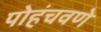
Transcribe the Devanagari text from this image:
पोहंचवणे